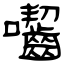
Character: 囓